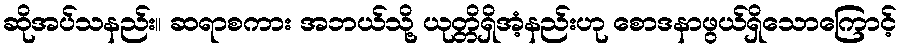
ဆိုအပ်သနည်း။ ဆရာစကား အဘယ်သို့ ယုတ္တိရှိအံ့နည်းဟု စောဒနာဖွယ်ရှိသောကြောင့်